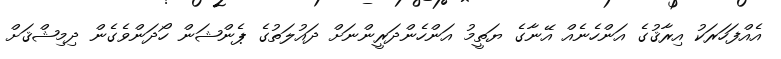
އެއްފަހަރަކު އިރާޤުގެ އަންހެނެއް އޭނާގެ ޔަތީމު އަންހެންދަރީންނަށް ދައުލަތުގެ ޕެންޝަން ހޯދަންވެގެން ދިމިޝްޤަށް